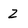
Character: Z